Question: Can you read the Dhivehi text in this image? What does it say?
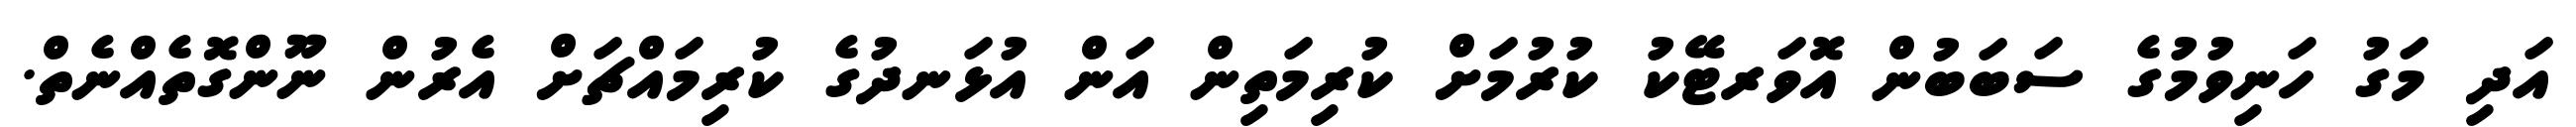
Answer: އަދި މަގު ހަނިވުމުގެ ސަބަބުން އޮވަރޓޭކު ކުރުމަށް ކުރިމަތިން އަން އުޅަނދުގެ ކުރިމައްޗަށް އެރުން ނޫންގޮތެއްނެތް.